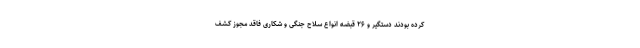
کرده بودند دستگیر و ۲۶ قبضه انواع سلاح جنگی و شکاری فاقد مجوز کشف